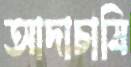
আদাচাষি